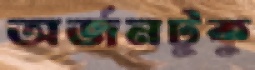
অর্জনটুকু